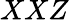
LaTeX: XXZ